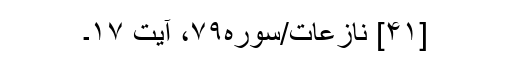
[۴۱] نازعات/سوره۷۹، آیت ۱۷۔